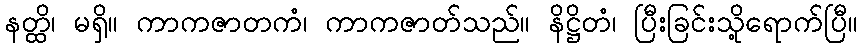
နတ္ထိ၊ မရှိ။ ကာကဇာတကံ၊ ကာကဇာတ်သည်။ နိဋ္ဌိတံ၊ ပြီးခြင်းသို့ရောက်ပြီ။